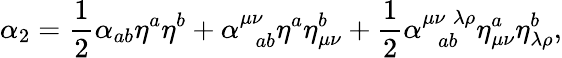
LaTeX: \alpha_{2}=\frac{1}{2}\alpha_{ab}\eta^{a}\eta^{b}+\alpha_{\; \; ab}^{\mu\nu}\eta^{a}\eta_{\mu\nu}^{b}+\frac{1}{2}\alpha_{\; \; ab}^{\mu\nu\; \lambda\rho}\eta_{\mu\nu}^{a}\eta_{\lambda\rho}^{b},